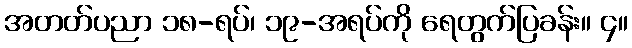
အတတ်ပညာ ၁၈-ရပ်၊ ၁၉-အရပ်ကို ရေတွက်ပြခန်း။ ၄။